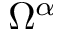
\Omega ^ { \alpha }